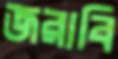
জরাবি